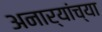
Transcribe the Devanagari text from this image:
अनार्यांच्या